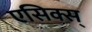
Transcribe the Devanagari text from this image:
एसिक्स्